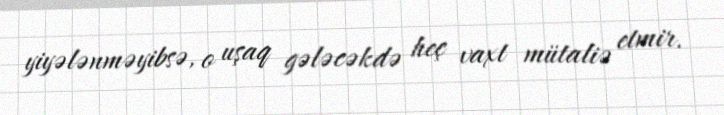
yiyələnməyibsə, o uşaq gələcəkdə heç vaxt mütaliə etmir.